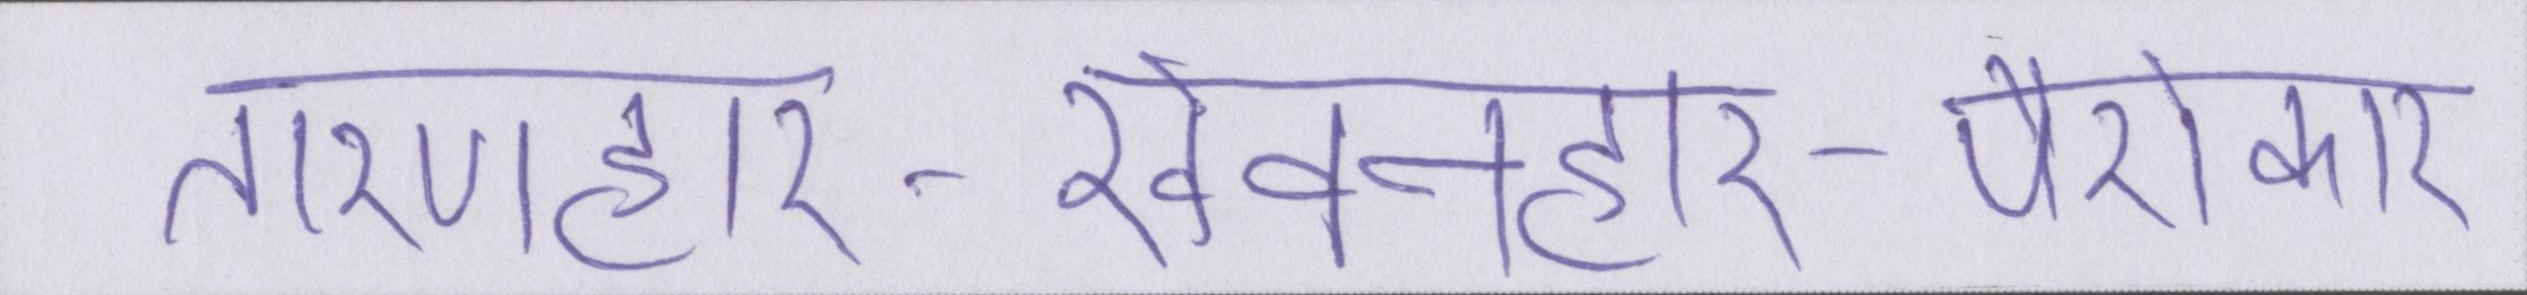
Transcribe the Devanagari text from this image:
तारणहार-खेवनहार-पैरोकार